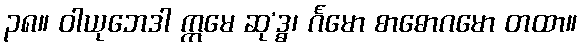
၃၈။ ဝါယုဘေဒါ ဣမေ ဆု’ဒ္ဓ၊ င်္ဂမော စာဓောဂမော တထာ။